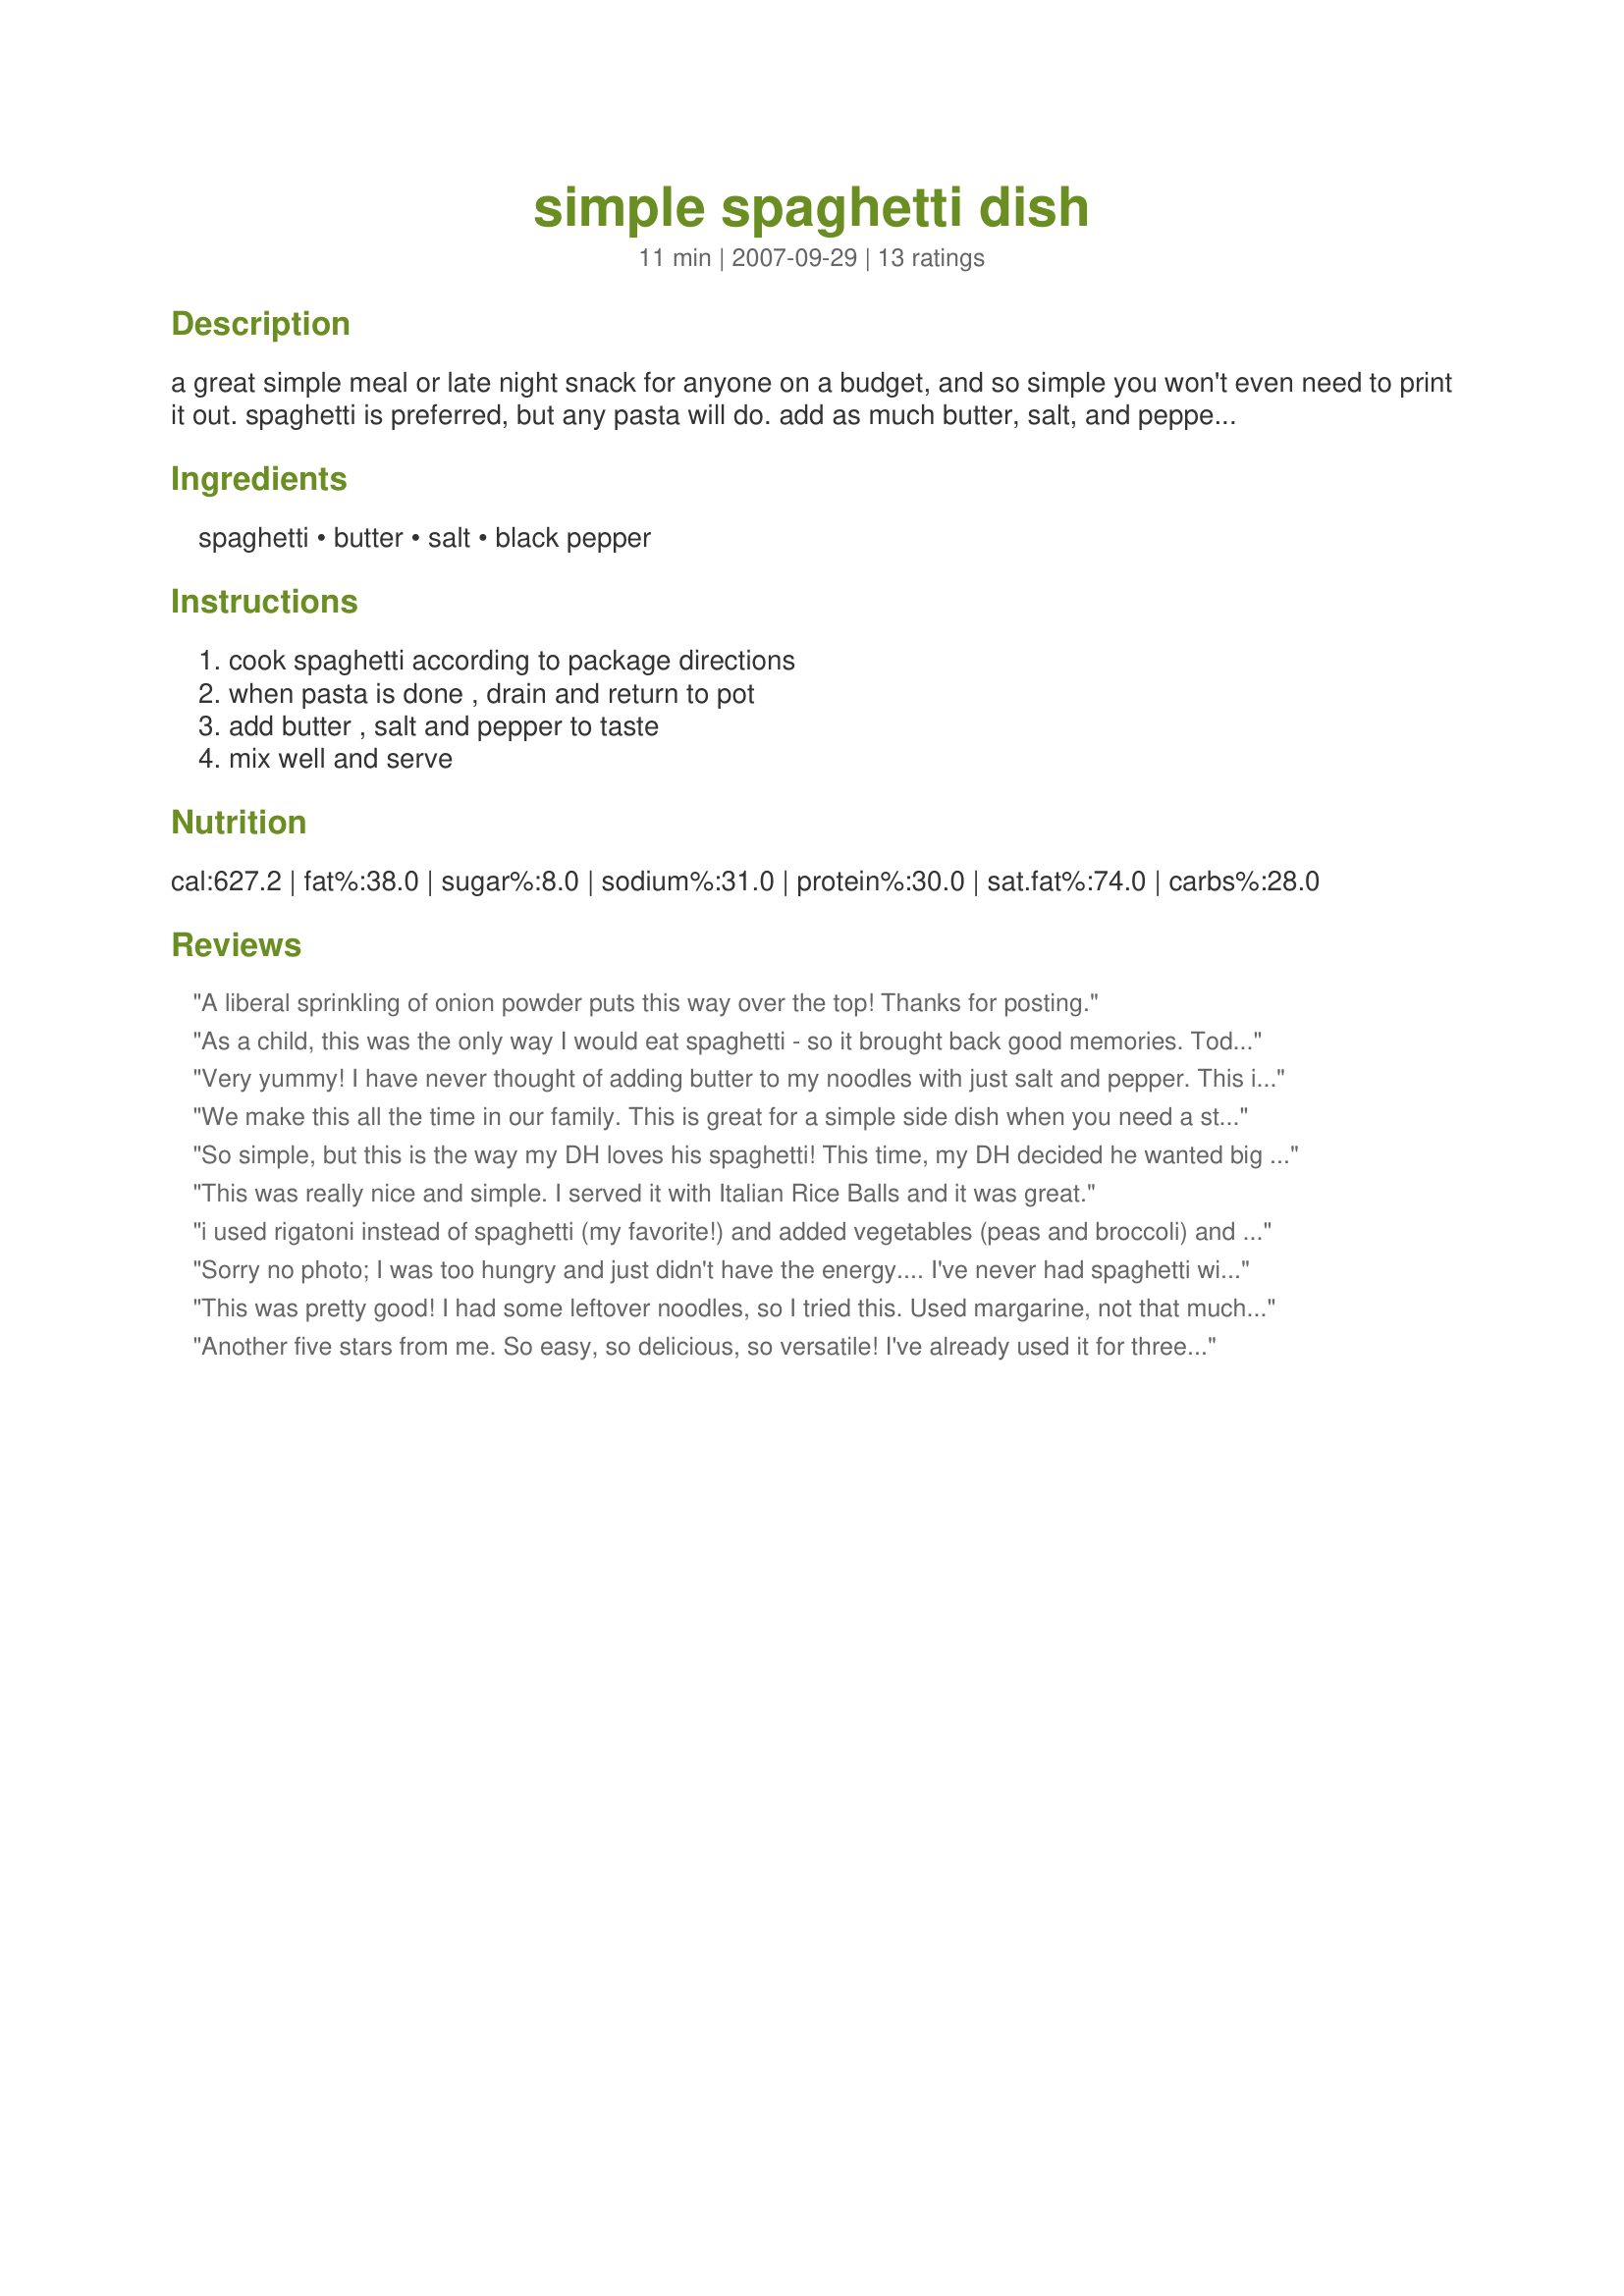
simple spaghetti dish
Preparation time: 11 minutes

a great simple meal or late night snack for anyone on a budget, and so simple you won't even need to print it out. spaghetti is preferred, but any pasta will do. add as much butter, salt, and pepper as you like. my siblings and i (bird) ate this often growing up as a quick meal to cure the munchies, especially if there wasn't much in the pantry. it's also great for college kids, etc. ;)

Ingredients:
spaghetti, butter, salt, black pepper

Steps:
cook spaghetti according to package directions, when pasta is done , drain and return to pot, add butter , salt and pepper to taste, mix well and serve

Reviews:
A liberal sprinkling of onion powder puts this way over the top! Thanks for posting.
As a child, this was the only way I would eat spaghetti - so it brought back good memories. Today I prefer it with sauces but occasionally make it like this for myself.
Very yummy! I have never thought of adding butter to my noodles with just salt and pepper. This is tasty. I did use angel hair pasta instead. Great quick and easy recipe.Thanks for posting. I made it to serve with recipe #310605.
We make this all the time in our family. This is great for a simple side dish when you need a starch plus it is quick and easy and will satisfy even the pickiest eaters. Made for Photo Tag.
So simple, but this is the way my DH loves his spaghetti! This time, my DH decided he wanted big wide noodles, so I didn't take a pic. Next time I will use some flaked smoked sea salt to kick it up a notch! Thanks for posting!
This was really nice and simple. I served it with Italian Rice Balls and it was great.
i used rigatoni instead of spaghetti (my favorite!) and added vegetables (peas and broccoli) and it was delicious!
Sorry no photo; I was too hungry and just didn't have the energy.... I've never had spaghetti with just salt, pepper and butter before. I made this for myself for lunch, and didn't measure the spaghetti but just estimated enough for me. I used Smart Balance with Flaxseed Oil Spread for the butter, a medium pinch of salt and lots of pepper. Love, love, love this! So simple, so good, and so quick. I was even able to eat this with a broken tooth, lol. This is a great way to eat spaghetti and I'll make this again for sure. Thanks for sharing 2Bleu! Made for Please Review My Recipe.
This was pretty good! I had some leftover noodles, so I tried this. Used margarine, not that much salt because I put parmsean cheese. Impressed!!!!
Another five stars from me. So easy, so delicious, so versatile! I've already used it for three meals this week...and several snacks as I have walked by the pot.
I gave this recipe 5 stars. I love spaghetti and butter. My mom used to make this when times got tuff. I find myself making it just to make the craving go away. This is comfort food for me. Thanks for posting such a great recipe. Christine (internetnut)
Most in my picky family love this. The only thing I do differently (mainly just to the adult portions) is too add garlic salt, just a personal preference. Very good and hits the spot!!
I haven&#039;t made this recipe. Just wanted to comment, My 5 brothers and I use to make this all time when we were growing up, we always made it with macaroni.
I made this recipe a lot when my boys were growing up as well. They loved it and of course they had to have parmesan cheese on top.
